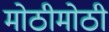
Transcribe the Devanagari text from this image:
मोठीमोठी